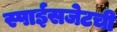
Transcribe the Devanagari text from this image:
स्पाईसजेटची